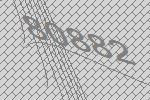
80882